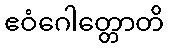
ဧဝံဂေါတ္တောတိ